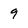
Character: 9